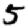
Digit: 5